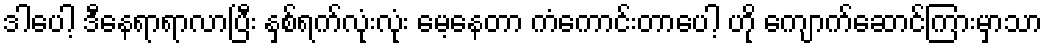
ဒါပေါ့ ဒီနေရာရာလာပြီး နှစ်ရက်လုံးလုံး မေ့နေတာ ကံကောင်းတာပေါ့ ဟို ကျောက်ဆောင်ကြားမှာသာ